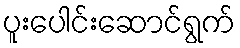
ပူးပေါင်းဆောင်ရွက်